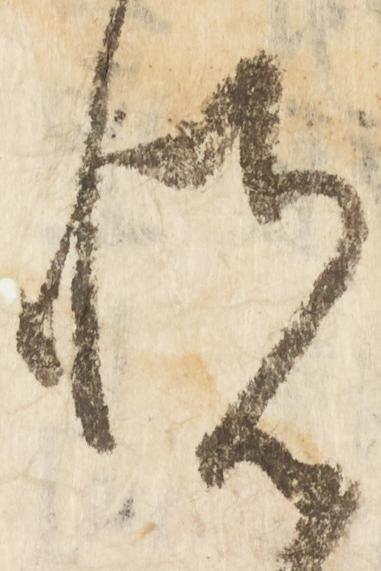
悦